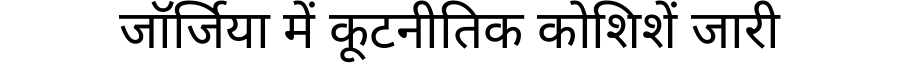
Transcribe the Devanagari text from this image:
जॉर्जिया में कूटनीतिक कोशिशें जारी